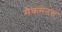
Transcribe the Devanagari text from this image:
मैकमेनस